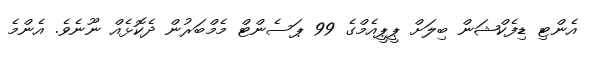
އެންޓި ޑިފެކްޝަން ބިލަށް ޕީޕީއެމްގެ 99 ޕަސެންޓް މެމްބަރުން ދެކޮޅެއް ނޫނެވެ. އެންމެ